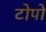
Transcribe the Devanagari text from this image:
टोपो